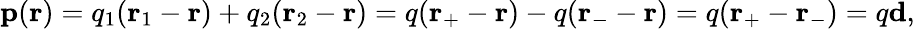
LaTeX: \mathbf{p}(\mathbf{r})=q_{1}(\mathbf{r}_{1}-\mathbf{r})+q_{2}(\mathbf{r}_{2}-\mathbf{r})=q(\mathbf{r}_{+}-\mathbf{r})-q(\mathbf{r}_{-}-\mathbf{r})=q(\mathbf{r}_{+}-\mathbf{r}_{-})=q\mathbf{d},